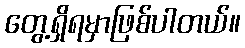
တွေ့ရှိရမှာဖြစ်ပါတယ်။